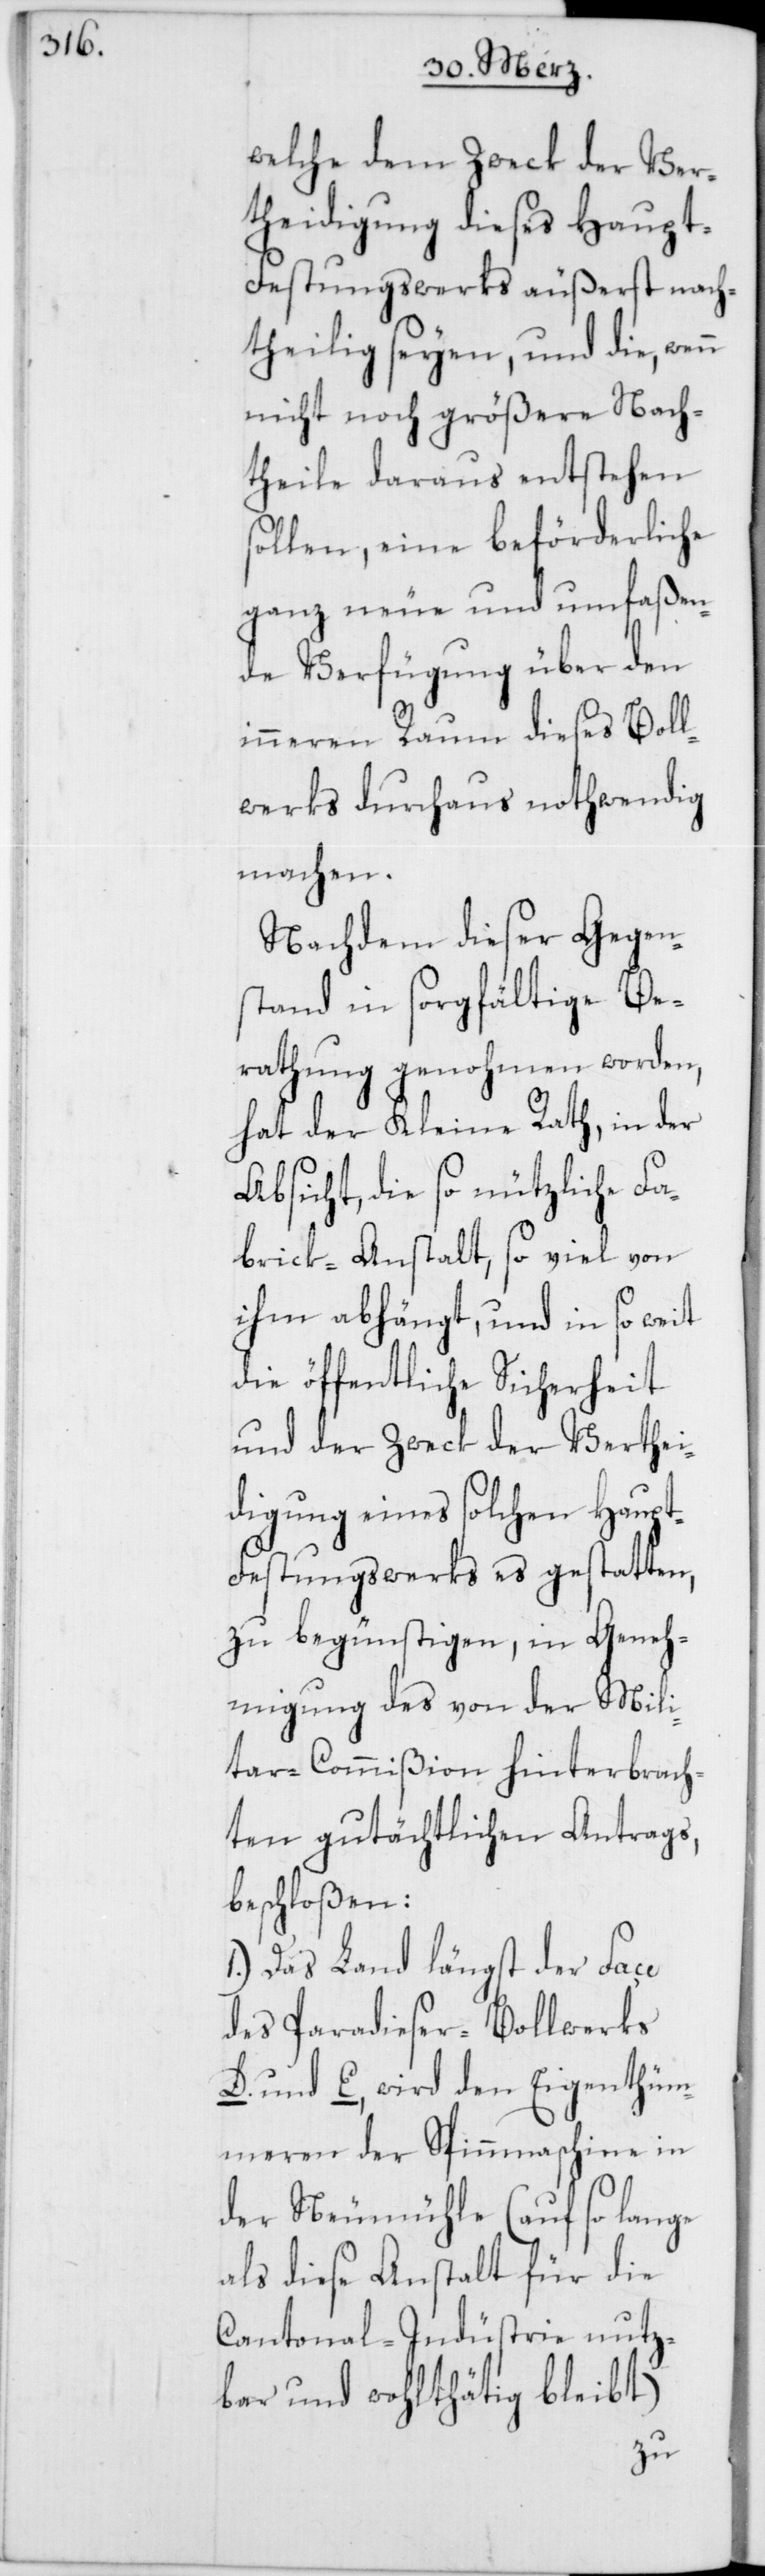
welche dem Zweck der Ver¬
teidigung dieses Haupt-F¬
estungswerks äußerst nach¬
theilig seyen, und die, wen¬
n nicht noch größere Nach¬
theile daraus entstehen
sollen, eine beförderliche
ganz neue und umfaßen¬
de Verfügung über den
inneren Raum dieses Boll¬
werks durchaus nothwendig
machen.
Nachdem dieser Gegen¬
stand in sorgfältige Be¬
rathung genohmen worden,
hat der Kleine Rath, in der
Absicht, die so nützliche Fa¬
brick-Anstalt, so viel von
ihm abhängt, und in so weit
die öffentliche Sicherheit
und der Zweck der Verthei¬
digung eines solchen Haup¬
t-Festungswerks es gestatten,
zu begünstigen, in Geneh¬
migung des von der Mili¬
tar-Commißion hinterbrach¬
ten gutächtlichen Antrags,
beschloßen:
1.) Das Land längst der Face
des Paradieser-Bollwerks
D. und E, wird den Eigenthüm¬
eren der Spinnmaschine in
der Neumühle (auf so lange
als diese Anstalt für die
Cantonal-Industrie nutz¬
bar und wohlthätig bleibt)